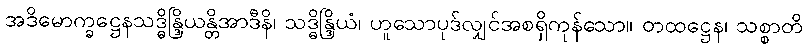
အဒိမောက္ခဋ္ဌေနသဒ္ဓိန္ဒြိယန္တိအာဒီနိ၊ သဒ္ဓိန္ဒြိယံ၊ ဟူသောပုဒ်လျှင်အစရှိကုန်သော။ တထဋ္ဌေန၊ သစ္စာတိ